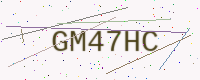
Text: GM47HC